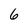
Character: 6